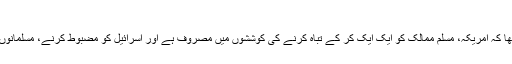
‫نیوز‬ ‫کوڈ‬: 440792
شیعہ علماء کونسل کے جنرل سکریٹری کا کہنا تھا کہ امریکہ، مسلم ممالک کو ایک ایک کر کے تباہ کرنے کی کوششوں میں مصروف ہے اور اسرائیل کو مضبوط کرنے، مسلمانوں کو تقسیم کرنے کے منحوس مشن پر گامزن ہے۔